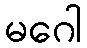
မဂေါ